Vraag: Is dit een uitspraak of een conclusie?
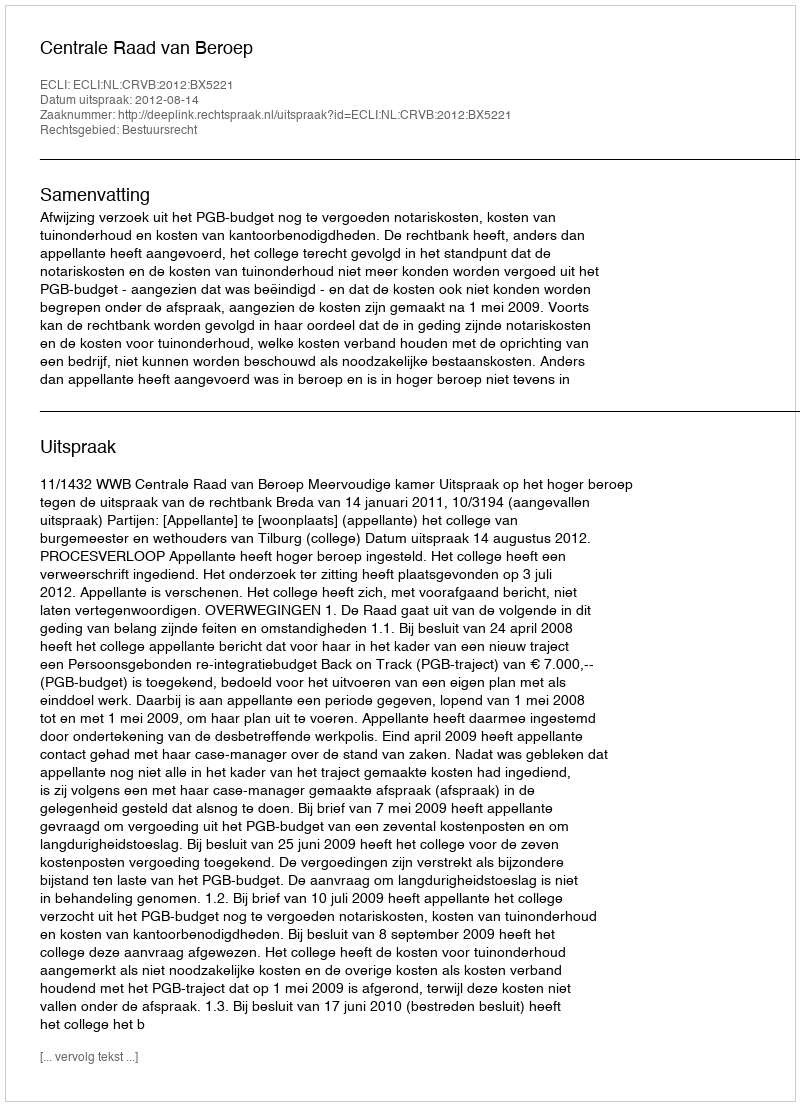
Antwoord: Uitspraak